Indian journal of veterinary science and animal husbandry - Volume 1,
Year: 1931
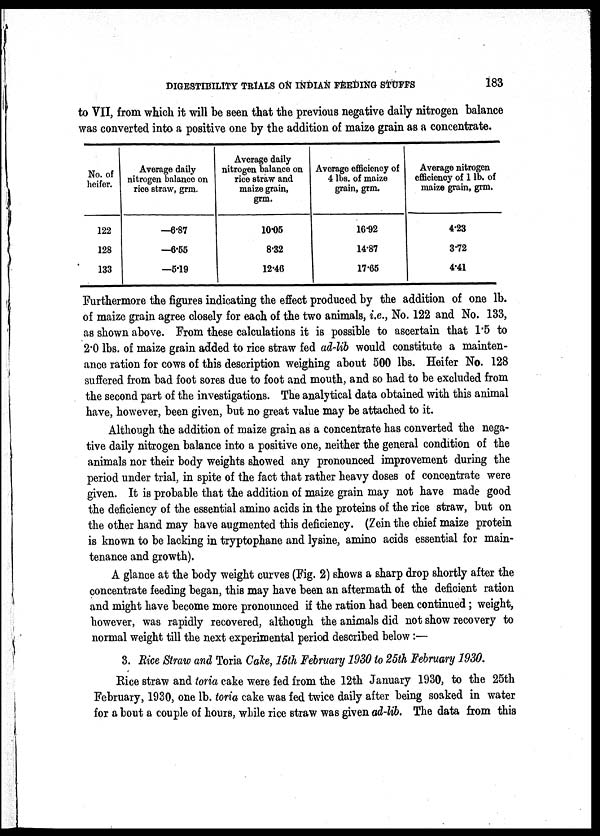
DIGESTIBILITY TRIALS ON INDIAN FEEDING STUFFS
183
to VII, from which it will be seen that the previous negative daily nitrogen balance
was converted into a positive one by the addition of maize grain as a concentrate.
No. of
heifer.
122
128
133
Average daily
nitrogen balance on
rice straw, grm.
—6.87
—6.55
—5.19
Average daily
nitrogen balance on
rice straw and
maize grain,
grm.
10.05
8.32
12.46
Average efficiency of
4 lbs. of maize
grain, grm.
16.92
14.87
17.65
Average nitrogen
efficiency of 1 lb. of
maize grain, grm.
4.23
3.72
4.41
Furthermore the figures indicating the effect produced by the addition of one lb.
of maize grain agree closely for each of the two animals, i.e., No. 122 and No. 133,
as shown above. From these calculations it is possible to ascertain that 1.5 to
2.0 lbs. of maize grain added to rice straw fed ad-lib would constitute a mainten-
ance ration for cows of this description weighing about 500 lbs. Heifer No. 128
suffered from bad foot sores due to foot and mouth, and so had to be excluded from
the second part of the investigations. The analytical data obtained with this animal
have, however, been given, but no great value may be attached to it.
Although the addition of maize grain as a concentrate has converted the nega-
tive daily nitrogen balance into a positive one, neither the general condition of the
animals nor their body weights showed any pronounced improvement during the
period under trial, in spite of the fact that rather heavy doses of concentrate were
given. It is probable that the addition of maize grain may not have made good
the deficiency of the essential amino acids in the proteins of the rice straw, but on
the other hand may have augmented this deficiency. (Zein the chief maize protein
is known to be lacking in tryptophane and lysine, amino acids essential for main-
tenance and growth).
A glance at the body weight curves (Fig. 2) shows a sharp drop shortly after the
concentrate feeding began, this may have been an aftermath of the deficient ration
and might have become more pronounced if the ration had been continued; weight,
however, was rapidly recovered, although the animals did not show recovery to
normal weight till the next experimental period described below :—
3. Rice Straw and Toria Cake, 15th February 1930 to 25th February 1930.
Rice straw and toria cake were fed from the 12th January 1930, to the 25th
February, 1930, one lb. toria cake was fed twice daily after being soaked in water
for a bout a couple of hours, while rice straw was given ad-lib. The data from this